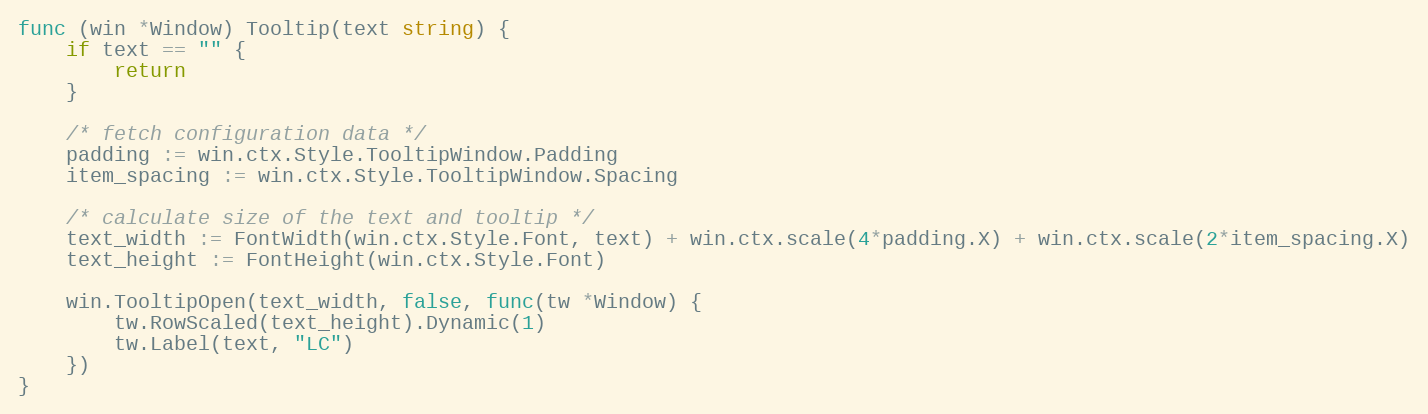
Language: Go
func (win *Window) Tooltip(text string) {
	if text == "" {
		return
	}

	/* fetch configuration data */
	padding := win.ctx.Style.TooltipWindow.Padding
	item_spacing := win.ctx.Style.TooltipWindow.Spacing

	/* calculate size of the text and tooltip */
	text_width := FontWidth(win.ctx.Style.Font, text) + win.ctx.scale(4*padding.X) + win.ctx.scale(2*item_spacing.X)
	text_height := FontHeight(win.ctx.Style.Font)

	win.TooltipOpen(text_width, false, func(tw *Window) {
		tw.RowScaled(text_height).Dynamic(1)
		tw.Label(text, "LC")
	})
}